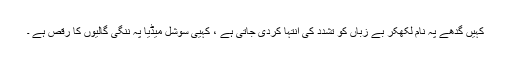
کہیں گدھے پہ نام لکھکر بے زباں کو تشدد کی انتہا کردی جاتی ہے ، کہیی سوشل میڈیا پہ ننگی گالیوں کا رقص ہے ۔